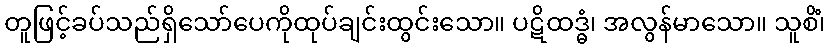
တူဖြင့်ခပ်သည်ရှိသော်ပေကိုထုပ်ချင်းထွင်းသော။ ပဋိထဒ္ဓံ၊ အလွန်မာသော။ သူစိံ၊